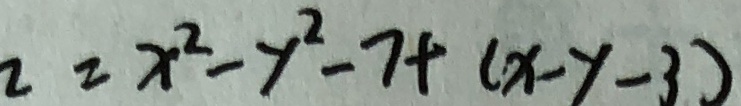
2 = x ^ { 2 } - y ^ { 2 } - 7 + ( x - y - 3 )